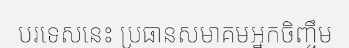
បរទេសនេះ ប្រធានសមាគមអ្នកចិញ្ចឹម